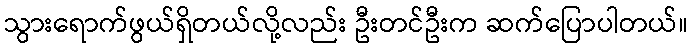
သွားရောက်ဖွယ်ရှိတယ်လို့လည်း ဦးတင်ဦးက ဆက်ပြောပါတယ်။